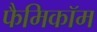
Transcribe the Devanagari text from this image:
फैमिकॉम